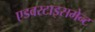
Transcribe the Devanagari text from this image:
एडवरटाइसमेन्ट